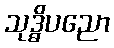
သုဒ္ဓိပညော